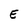
Character: E